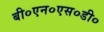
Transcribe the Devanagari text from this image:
बी०एन०एस०डी०